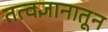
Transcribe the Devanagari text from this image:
तत्वज्ञानातून